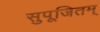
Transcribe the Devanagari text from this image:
सुपूजितम्